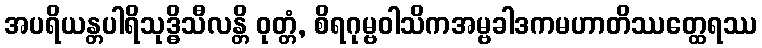
အပရိယန္တပါရိသုဒ္ဓိသီလန္တိ ဝုတ္တံ, စိရဂုမ္ဗဝါသိကအမ္ဗခါဒကမဟာတိဿတ္ထေရဿ